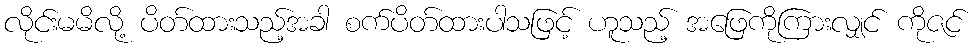
လိုင်းမမိလို့ ပိတ်ထားသည့်အခါ စက်ပိတ်ထားပါသဖြင့် ဟူသည့် အဖြေကိုကြားလျှင် ကိုဇင်